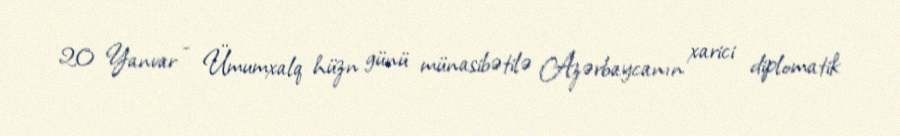
20 Yanvar - Ümumxalq hüzn günü münasibətilə Azərbaycanın xarici diplomatik